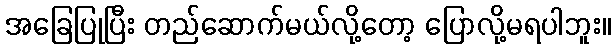
အခြေပြုပြီး တည်ဆောက်မယ်လို့တော့ ပြောလို့မရပါဘူး။